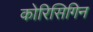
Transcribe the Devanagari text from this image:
कोरिसिगिन